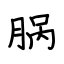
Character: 脶